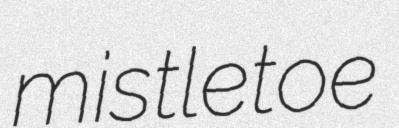
mistletoe